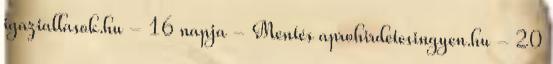
igaziallasok.hu - 16 napja - Mentés aprohirdetesingyen.hu - 20